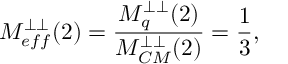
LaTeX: M _ { e f f } ^ { \perp \perp } ( 2 ) = \frac { M _ { q } ^ { \perp \perp } ( 2 ) } { M _ { C M } ^ { \perp \perp } ( 2 ) } = \frac { 1 } { 3 } ,